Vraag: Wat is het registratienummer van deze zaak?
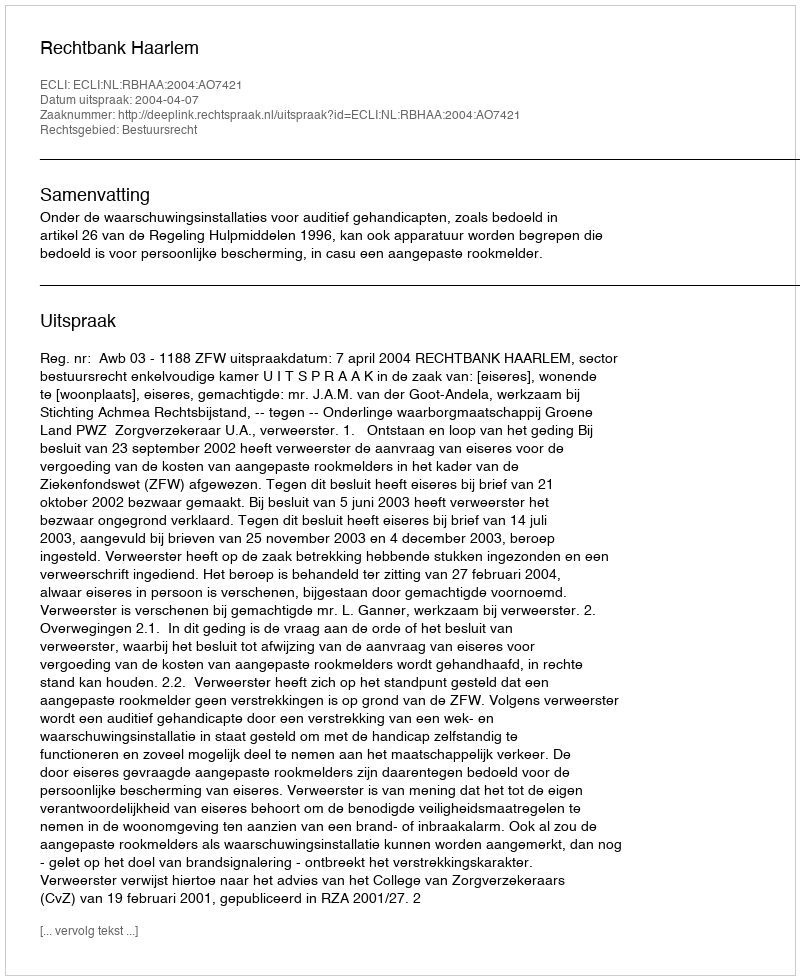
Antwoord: http://deeplink.rechtspraak.nl/uitspraak?id=ECLI:NL:RBHAA:2004:AO7421